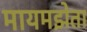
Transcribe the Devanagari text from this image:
मायमझेता